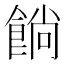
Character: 𩜋